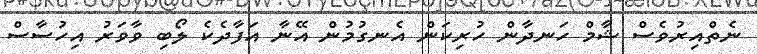
ނެތްއިރުވެސް ޝާމް ހަނދާން ހުރިކަން އެނގުމުން އޭނާ އަފާދެކެ ލޯބި ވާވަރު އިހުސާސް